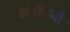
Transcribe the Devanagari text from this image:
कलछियाँ